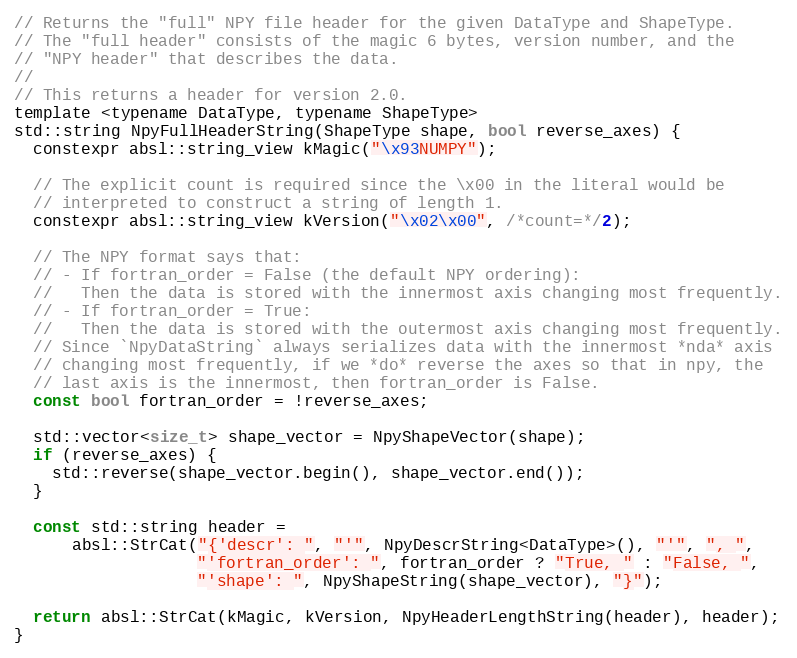
Language: C
// Returns the "full" NPY file header for the given DataType and ShapeType.
// The "full header" consists of the magic 6 bytes, version number, and the
// "NPY header" that describes the data.
//
// This returns a header for version 2.0.
template <typename DataType, typename ShapeType>
std::string NpyFullHeaderString(ShapeType shape, bool reverse_axes) {
  constexpr absl::string_view kMagic("\x93NUMPY");

  // The explicit count is required since the \x00 in the literal would be
  // interpreted to construct a string of length 1.
  constexpr absl::string_view kVersion("\x02\x00", /*count=*/2);

  // The NPY format says that:
  // - If fortran_order = False (the default NPY ordering):
  //   Then the data is stored with the innermost axis changing most frequently.
  // - If fortran_order = True:
  //   Then the data is stored with the outermost axis changing most frequently.
  // Since `NpyDataString` always serializes data with the innermost *nda* axis
  // changing most frequently, if we *do* reverse the axes so that in npy, the
  // last axis is the innermost, then fortran_order is False.
  const bool fortran_order = !reverse_axes;

  std::vector<size_t> shape_vector = NpyShapeVector(shape);
  if (reverse_axes) {
    std::reverse(shape_vector.begin(), shape_vector.end());
  }

  const std::string header =
      absl::StrCat("{'descr': ", "'", NpyDescrString<DataType>(), "'", ", ",
                   "'fortran_order': ", fortran_order ? "True, " : "False, ",
                   "'shape': ", NpyShapeString(shape_vector), "}");

  return absl::StrCat(kMagic, kVersion, NpyHeaderLengthString(header), header);
}